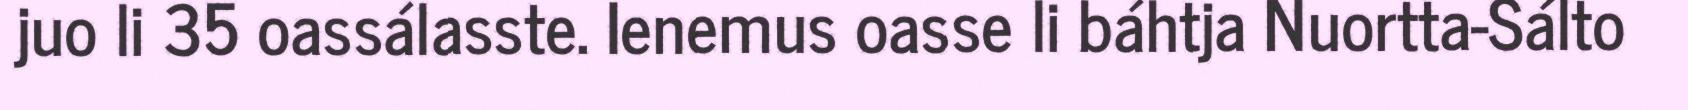
juo li 35 oassálasste. Ienemus oasse li báhtja Nuortta-Sálto